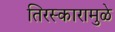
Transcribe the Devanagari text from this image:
तिरस्कारामुळे